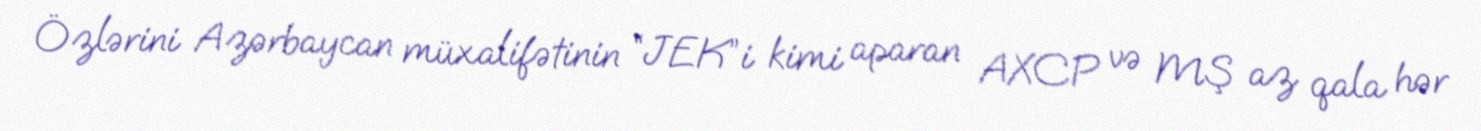
Özlərini Azərbaycan müxalifətinin “JEK”i kimi aparan AXCP və MŞ az qala hər